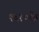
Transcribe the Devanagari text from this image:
१६१०के